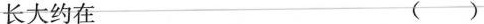
长大约在 ()